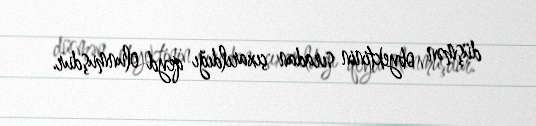
düşmən obyektinin sıradan çıxarıldığı qeyd olunmuşdur.